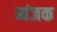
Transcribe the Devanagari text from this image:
ब्यंजक